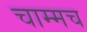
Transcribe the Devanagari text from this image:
चाम्मच